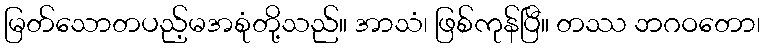
မြတ်သောတပည့်မအစုံတို့သည်။ အာသံ၊ ဖြစ်ကုန်ပြီ။ တဿ ဘဂဝတော၊